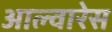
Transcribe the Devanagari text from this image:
आल्वारेस